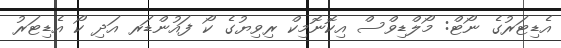
އެޑިޓަރުގެ ނޯޓް: މޯލްޑިވްސް އިކޮނޮމިކް ރިވިޔުގެ ކޯ ފައުންޑަރ އަދި ކޯ އެޑިޓަރު